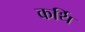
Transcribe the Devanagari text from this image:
कर्थि